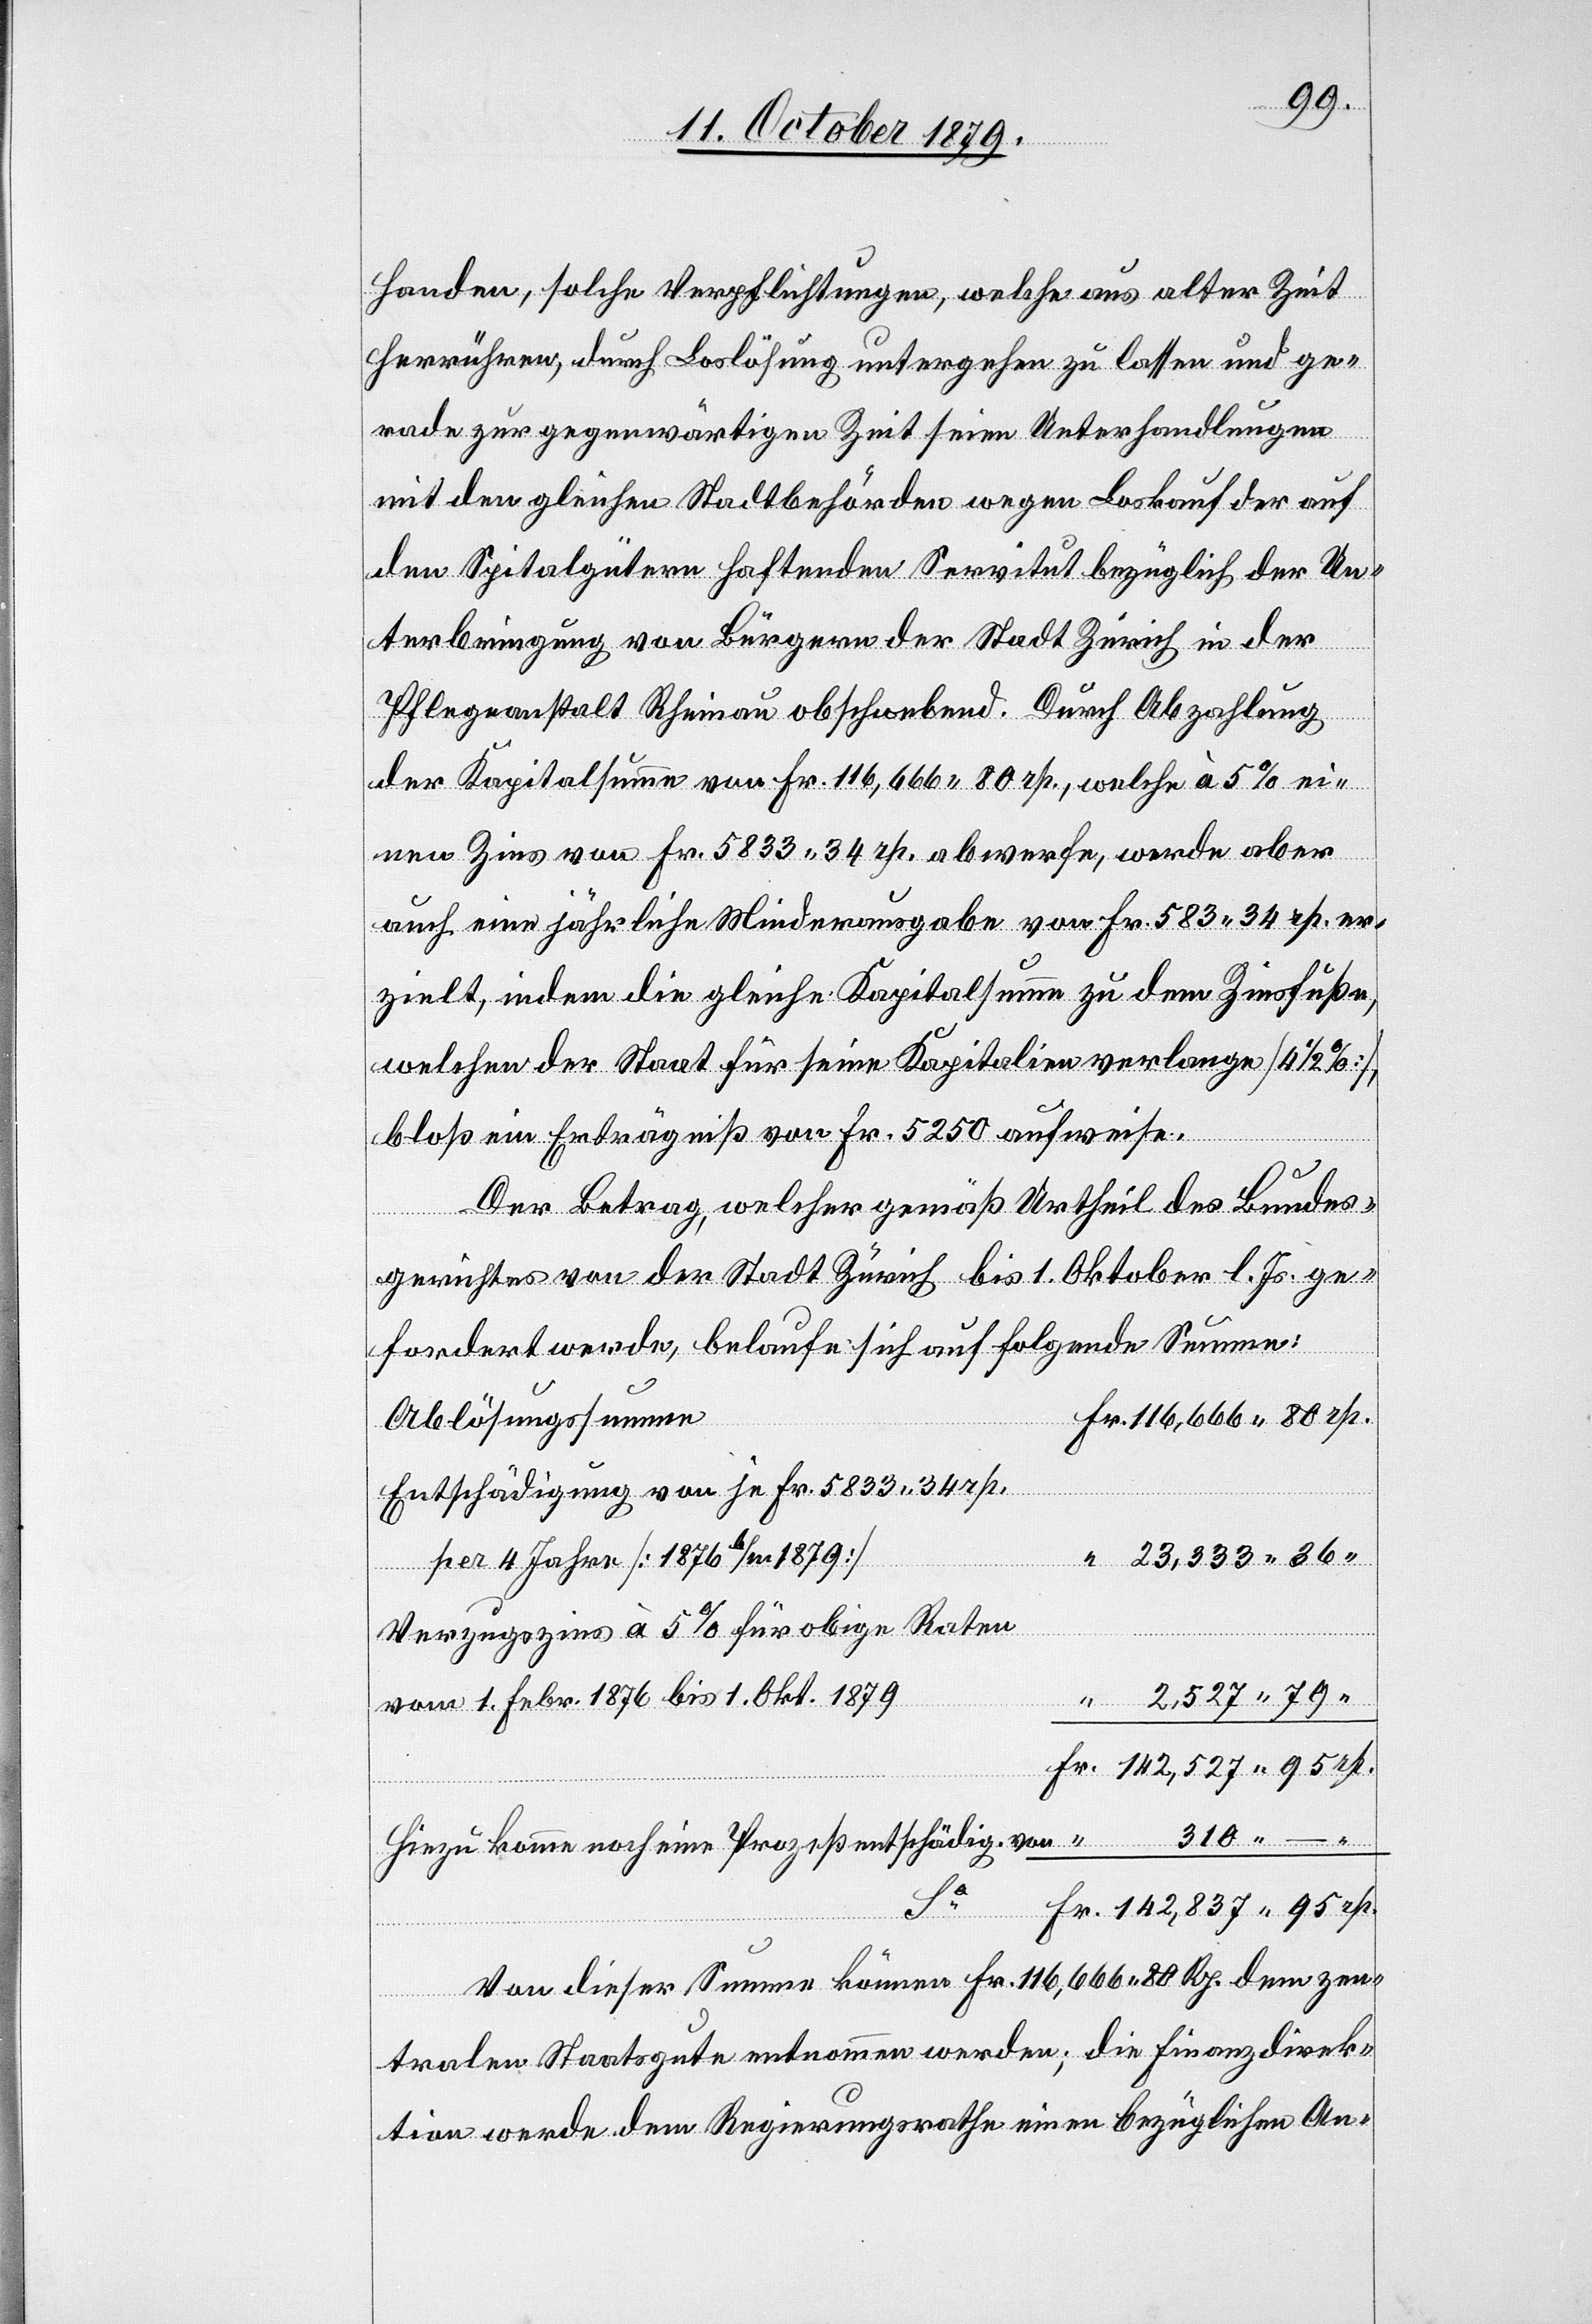
handen, solche Verpflichtungen, welche aus alter Zeit
herrühren, durch Loslösung untergehen zu lassen und ge¬
rade zur gegenwärtigen Zeit seien Unterhandlungen
mit den gleichen Stadtbehörden wegen Loskauf der auf
den Spitalgütern haftenden Servitut bezüglich der Un¬
terbringung von Bürgern der Stadt Zürich in der
Pflegeanstalt Rheinau obschwebend. Durch Abzahlung
der Kapitalsumme von Fr. 116,666 80 rp., welche à 5 % ei¬
nen Zins von FR. 5833 34 rp. abwerfe, werde aber
auch eine jährliche Minderausgabe von Fr. 583 34 rp. er¬
zielt, indem die gleiche Kapitalsumme zu dem Zinsfuße
welchen der Staat für seine Kapitalien verlange [4 1/2 %],
bloß ein Erträgniß von Fr. 5250 aufweise.
Der Betrag, welcher gemäß Urtheil des Bundes¬
gerichtes von der Stadt Zürich bis 1. Oktober l. Js. ge¬
fordert werde, belaufe sich auf folgende Summe:
e		Fr. 116,666 80 rp.
Ablösungssumm¬
Entschädigung von je Fr. 5833 34 rp.
per 4 Jahre [1876 b/m 1879]		“
Verzugszins à 5% für obige Raten
2 572 79 “
vom 1. Febr. 1876 bis 1. Okt. 1879		“
Hinzu komme noch eine Prozeßentschädig. von	“		310 –
Fr. 142,837 95 rp.
Von dieser Summe können Fr. 116,666 80 Rp. dem zen¬
tralen Staatsgute entnommen werden; die Finanzdirek¬
tion werde dem Regierungsrathe einen bezüglichen An-